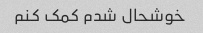
خوشحال شدم کمک کنم